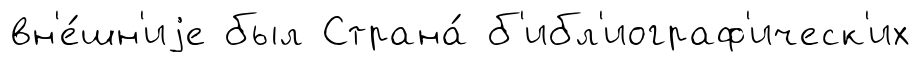
вн'е́шн'иjе был Страна́ б'ибл'иограф'ическ'их